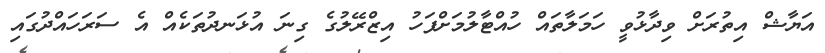
އަޔާޝް އިތުރަށް ވިދާޅުވީ ހަމަލާތައް ހުއްޓާލުމަށްފަހު އިޒްރޭލުގެ ގިނަ އުޅަނދުތަކެއް އެ ސަރަހައްދުގައި